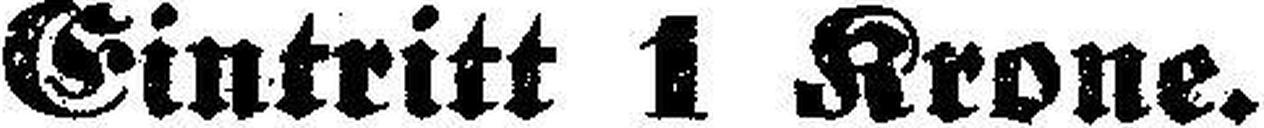
Eintritt 1 Krone.